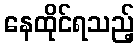
နေထိုင်ရသည့်